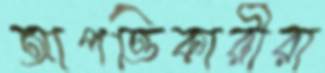
আপত্তিকারীরা